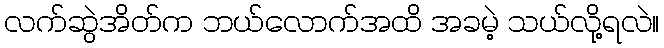
လက်ဆွဲအိတ်က ဘယ်လောက်အထိ အခမဲ့ သယ်လို့ရလဲ။